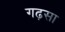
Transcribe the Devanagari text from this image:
गढ़सा